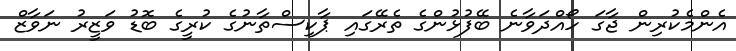
އެންމެކުރިން ޖާގަ ހޯއްދަވާނެ ބޭފުޅުންގެ ތެރޭގައި ޕާކިސްތާނުގެ ކުރީގެ ބޮޑު ވަޒީރު ނަވާޒް